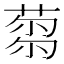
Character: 𦷝